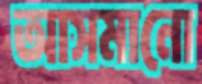
আসমানো